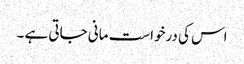
اس کی درخواست مانی جاتی ہے ۔